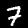
Digit: 7